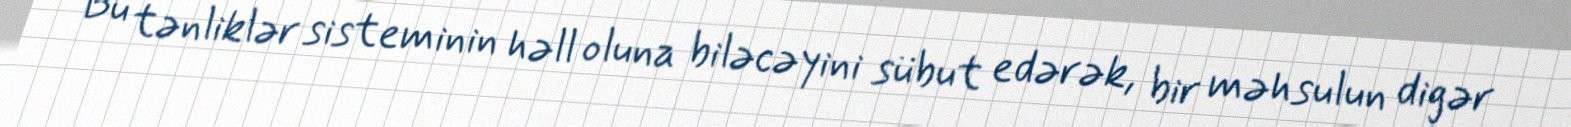
Bu tənliklər sisteminin həll oluna biləcəyini sübut edərək, bir məhsulun digər